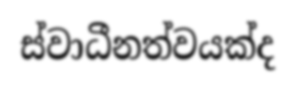
ස්වාධීනත්වයක්ද